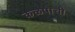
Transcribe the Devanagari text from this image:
कळपाची